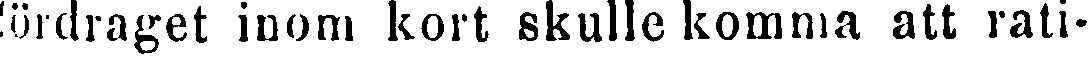
lördraget inom kort skulle komma att rati-